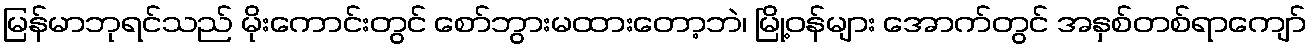
မြန်မာဘုရင်သည် မိုးကောင်းတွင် စော်ဘွားမထားတော့ဘဲ၊ မြို့ဝန်များ အောက်တွင် အနှစ်တစ်ရာကျော်